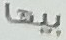
بيها